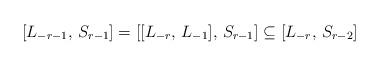
LaTeX: \begin{align*}[L_{-r-1}, \, S_{r-1}] = [[L_{-r}, \, L_{-1}], \, S_{r-1}] \subseteq [L_{-r}, \, S_{r-2}]\end{align*}